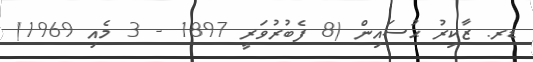
ޑރ. ޒާކިރު ޙުސައިން (8 ފެބުރުވަރީ 1897 - 3 މެއި 1969)